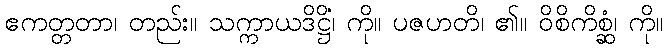
ဧကတ္တတာ၊ တည်း။ သက္ကာယဒိဋ္ဌိံ၊ ကို။ ပဇဟတိ၊ ၏။ ဝိစိကိစ္ဆံ၊ ကို။